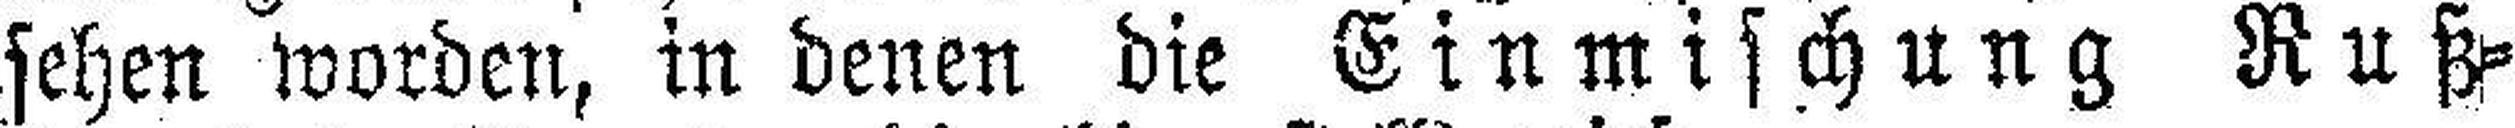
sehen worden, in denen die Einmischung Ruß¬